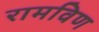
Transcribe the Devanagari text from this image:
रामविण